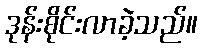
ဒုန်းစိုင်းလာခဲ့သည်။